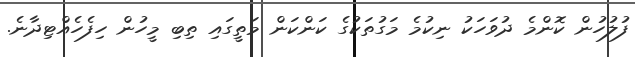
ފުލުހުން ކޮންމެ ދުވަހަކު ނިކުމެ މަގުތަކުގެ ކަންކަން މަތީގައި ތިބި މީހުން ހިފެހެއްޓިދާނެ.